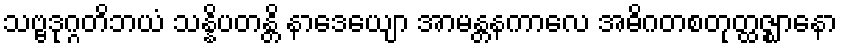
သဗ္ဗဒုဂ္ဂတိဘယံ သန္နိပတန္တိ နာဒေယျော အာမန္တနကာလေ အဓိဂတစတုတ္ထဇ္ဈာနော